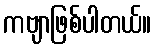
ကဗျာဖြစ်ပါတယ်။